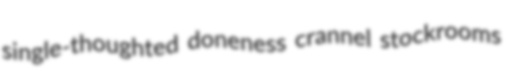
single-thoughted doneness crannel stockrooms